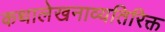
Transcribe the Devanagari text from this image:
कथालेखनाव्यतिरिक्त